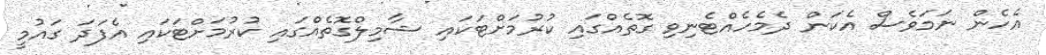
އެހެން ނަމަވެސް އެކަން ދެމެހެއްޓެނިވި ގޮތެއްގައި ކުރުމަށްޓަކައި ޝާމިލްގޮތެއްގައި ކުރުމަށްޓަކައި އެފަދަ ގައުމީ